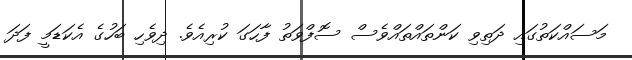
މަސައްކަތުގައި ދަތިވި ކަންތައްތައްވެސް ސޮފްވަތު ފާހަގަ ކުރިއެވެ. ދިވެހި ބަހުގެ އެކަޑަމީ ފަދަ